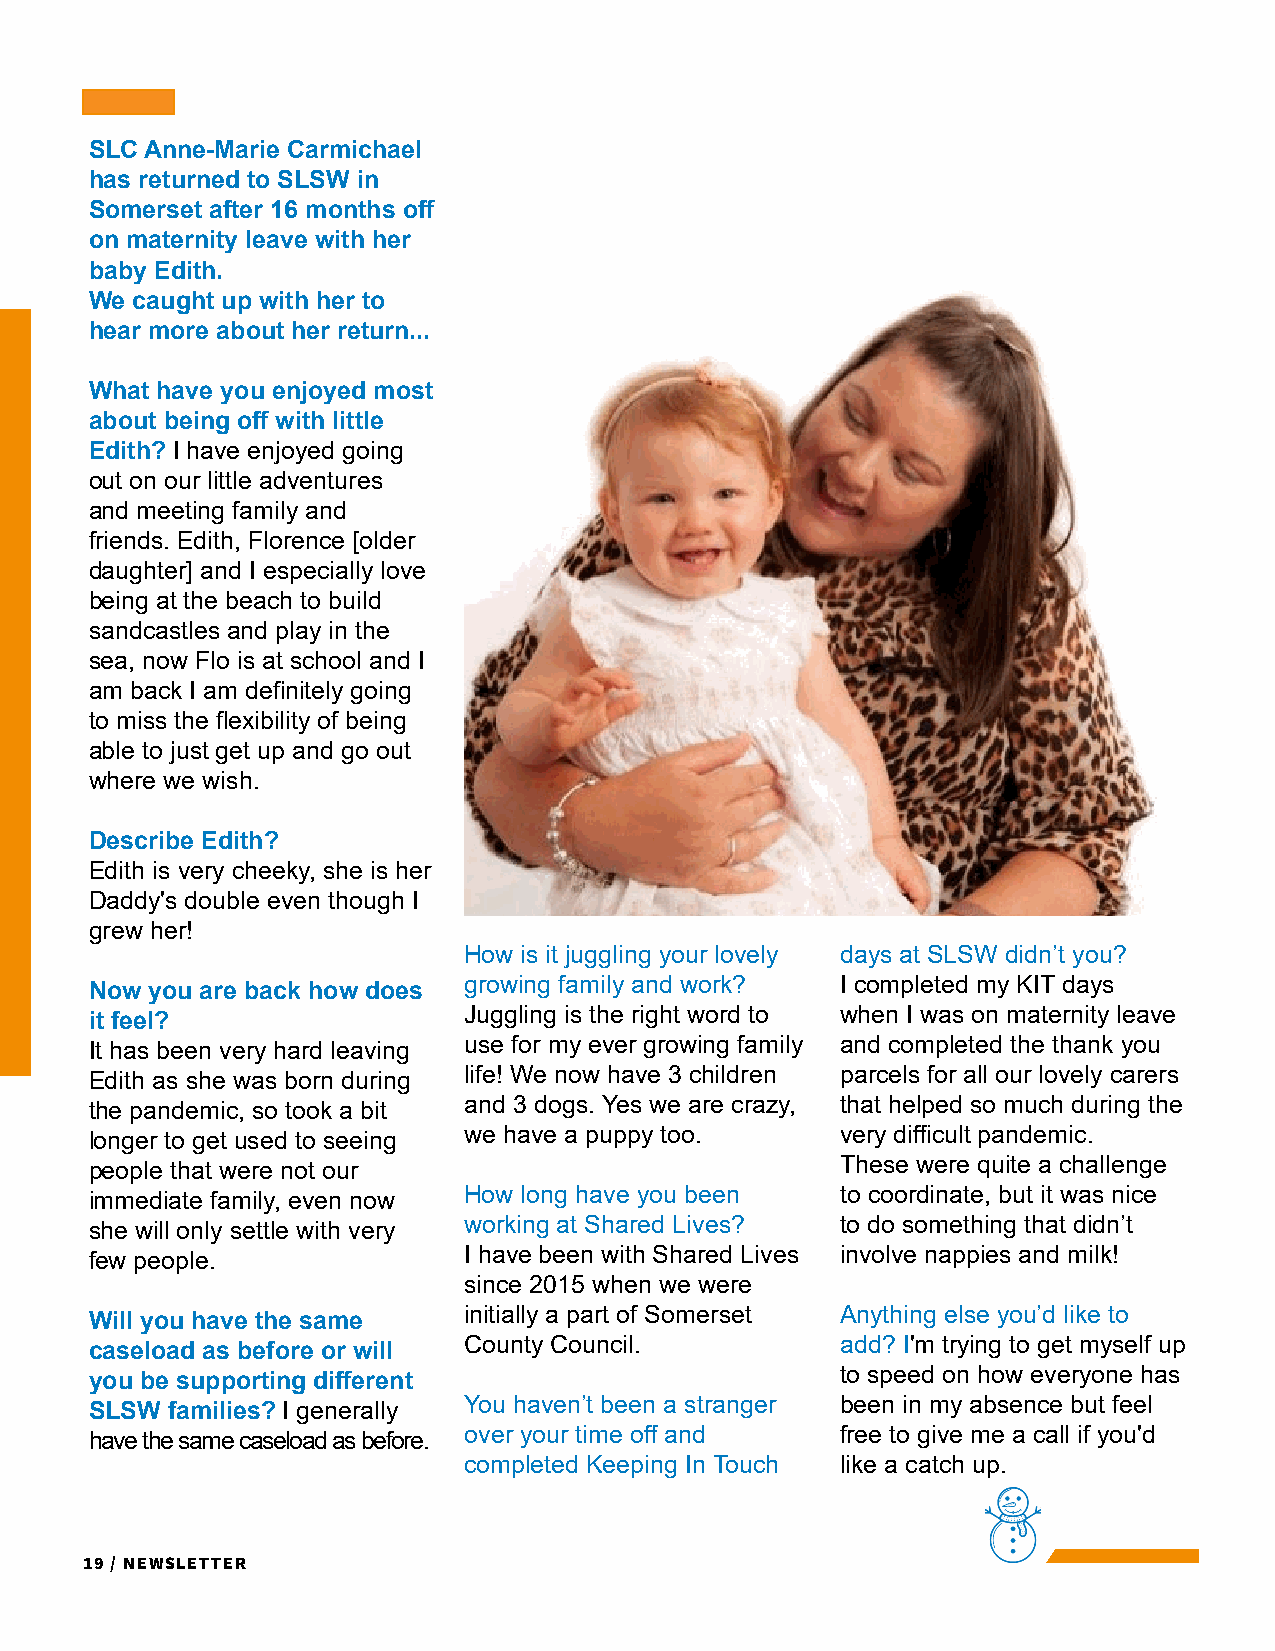
SLC Anne-Marie Carmichael
 has returned to SLSW in
 Somerset after 16 months off
 on maternity leave with her
 baby Edith.
 We caught up with her to
 hear more about her return...
 What have you enjoyed most
 about being off with little
 Edith? I have enjoyed going
 out on our little adventures
 and meeting family and
 friends. Edith, Florence [older
 daughter] and I especially love
 being at the beach to build
 sandcastles and play in the
 sea, now Flo is at school and I
 am back I am definitely going
 to miss the flexibility of being
 able to just get up and go out
 where we wish.
 Describe Edith?
 Edith is very cheeky, she is her
 Daddy's double even though I
 grew her!
 How is it juggling your lovely days at SLSW didn’t you?
 growing family and work? I completed my KIT days
 Now you are back how does
 Juggling is the right word to when I was on maternity leave
 it feel?
 It has been very hard leaving use for my ever growing family and completed the thank you
 Edith as she was born during life! We now have 3 children parcels for all our lovely carers
 the pandemic, so took a bit and 3 dogs. Yes we are crazy, that helped so much during the
 longer to get used to seeing we have a puppy too. very difficult pandemic.
 people that were not our                          These were quite a challenge
 immediate family, even now How long have you been to coordinate, but it was nice
 she will only settle with very working at Shared Lives? to do something that didn’t
 few people.              I have been with Shared Lives involve nappies and milk!
 since 2015 when we were
 initially a part of Somerset Anything else you’d like to
 Will you have the same
 County Council.          add? I'm trying to get myself up
 caseload as before or will
 to speed on how everyone has
 you be supporting different
 SLSW families? I generally You haven’t been a stranger been in my absence but feel
 have the same caseload as before. over your time off and free to give me a call if you'd
 completed Keeping In Touch like a catch up.
 19 / Newsletter